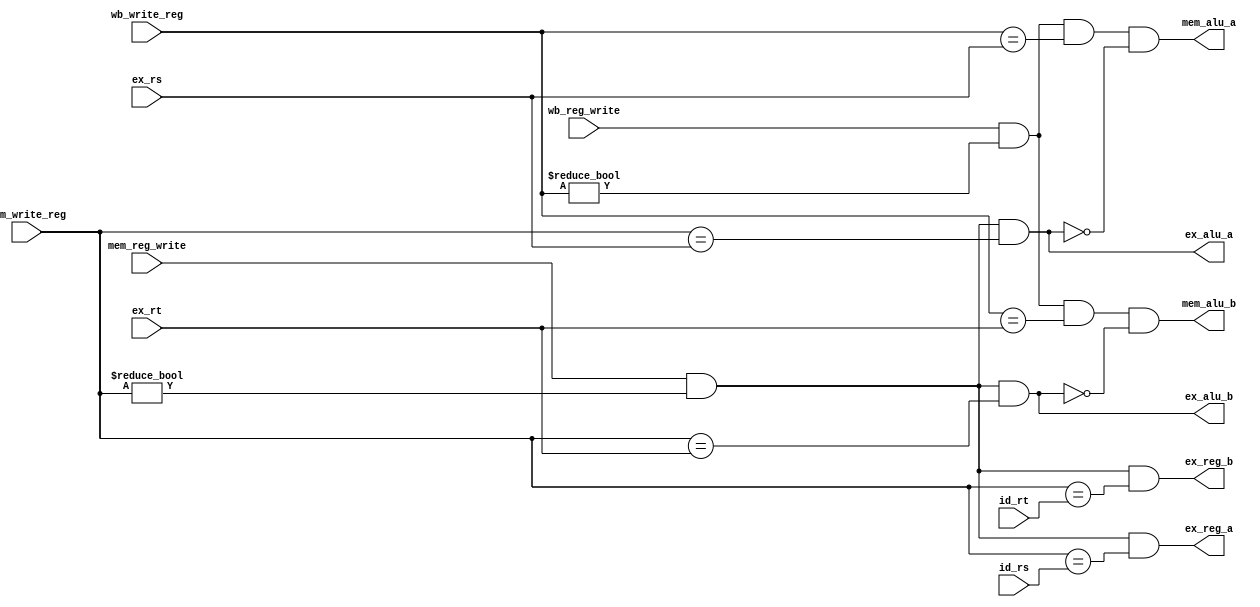
module forwarding (mem_write_reg, wb_write_reg, mem_reg_write, wb_reg_write,
                   ex_rs, ex_rt, ex_alu_a, ex_alu_b, mem_alu_a, mem_alu_b,
                   id_rs, id_rt, ex_reg_a, ex_reg_b);

   input [4:0] mem_write_reg, wb_write_reg, ex_rs, ex_rt, id_rs, id_rt;
   input mem_reg_write, wb_reg_write;
   output ex_alu_a, ex_alu_b, mem_alu_a, mem_alu_b,
          ex_reg_a, ex_reg_b;

   wire mem_reg = mem_reg_write && (mem_write_reg != 0);
   wire wb_reg = wb_reg_write && (wb_write_reg != 0);

   assign ex_alu_a = mem_reg && (mem_write_reg == ex_rs);
   assign ex_alu_b = mem_reg && (mem_write_reg == ex_rt);
   assign mem_alu_a = wb_reg && (wb_write_reg == ex_rs) && !ex_alu_a;
   assign mem_alu_b = wb_reg && (wb_write_reg == ex_rt) && !ex_alu_b;

   assign ex_reg_a = mem_reg && (mem_write_reg == id_rs);
   assign ex_reg_b = mem_reg && (mem_write_reg == id_rt);

endmodule